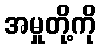
အမှုတို့ကို